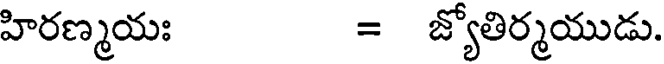
హిరణ్మయః = జ్యోతిర్మయుడు.